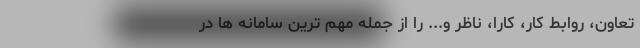
تعاون، روابط کار، کارا، ناظر و... را از جمله مهم ترین سامانه ها در